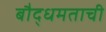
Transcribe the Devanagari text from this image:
बौद्धमताची